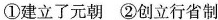
①建立了元朝 ②创立行省制